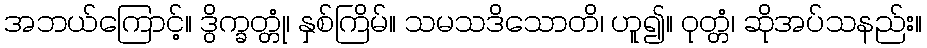
အဘယ်ကြောင့်။ ဒွိက္ခတ္တုံ၊ နှစ်ကြိမ်။ သမသဒိသောတိ၊ ဟူ၍။ ဝုတ္တံ၊ ဆိုအပ်သနည်း။